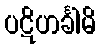
ပဋိဟင်္ခါမိ